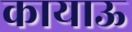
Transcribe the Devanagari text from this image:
कायाऊ